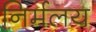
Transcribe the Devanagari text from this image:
निर्मलय